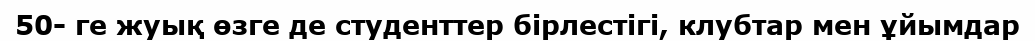
50- ге жуық өзге де студенттер бірлестігі, клубтар мен ұйымдар